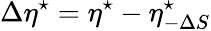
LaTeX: \Delta\eta^{\star}=\eta^{\star}-\eta_{-\Delta S}^{\star}